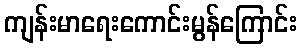
ကျန်းမာရေးကောင်းမွန်ကြောင်း